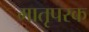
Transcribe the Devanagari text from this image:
मातृपरक